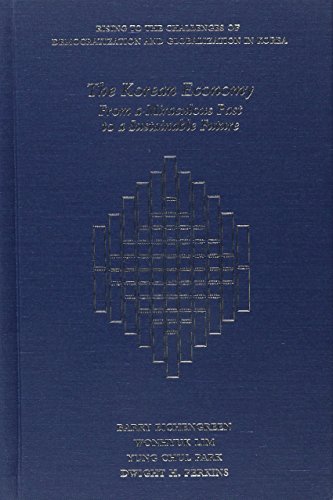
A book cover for The Korean Economy: From a Miraculous Past to a Sustainable Future (Harvard East Asian Monographs); Barry Eichengreen; History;